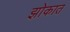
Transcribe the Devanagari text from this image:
झोकात